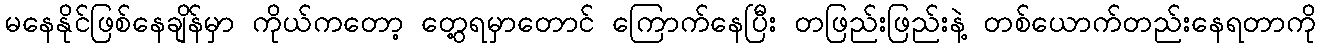
မနေနိုင်ဖြစ်နေချိန်မှာ ကိုယ်ကတော့ တွေ့ရမှာတောင် ကြောက်နေပြီး တဖြည်းဖြည်းနဲ့ တစ်ယောက်တည်းနေရတာကို